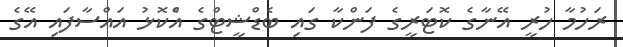
ރަހުމާ ހުރީ އޭނާގެ ކޮޓަރީގެ ފަންކާ ގައި ބެޑްޝީޓްގެ އެްކޮޅު އައްސާފައި އޭގެ